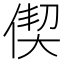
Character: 偰